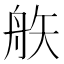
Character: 𥎻